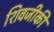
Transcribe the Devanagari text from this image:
शिवजीकी